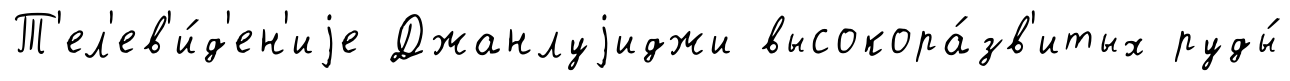
Т'ел'ев'и́д'ен'иjе Джанлуjиджи высокора́зв'итых руды́